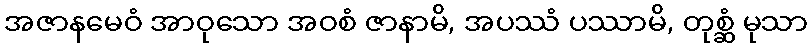
အဇာနမေဝံ အာဝုသော အဝစံ ဇာနာမိ, အပဿံ ပဿာမိ, တုစ္ဆံ မုသာ